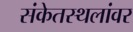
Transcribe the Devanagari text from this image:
संकेतस्थलांवर